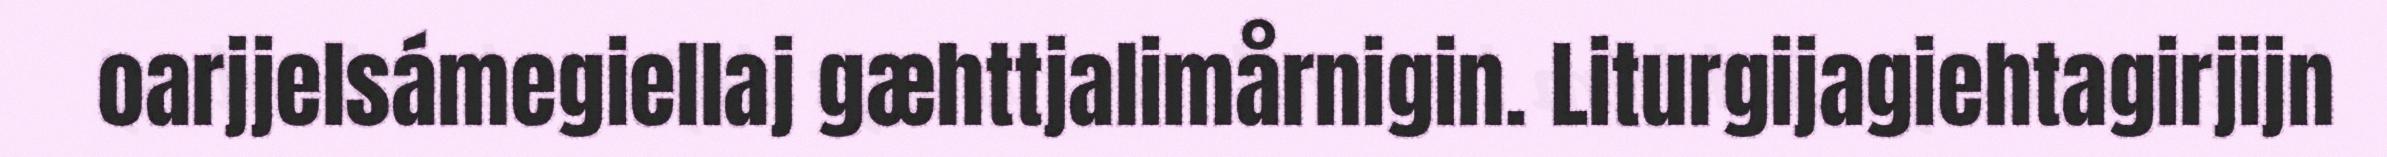
oarjjelsámegiellaj gæhttjalimårnigin. Liturgijagiehtagirjijn